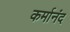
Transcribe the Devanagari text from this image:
कर्मानंद